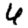
Digit: 4